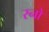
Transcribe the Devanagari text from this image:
स्‍नो